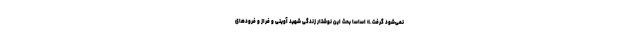
نمی‌شود گرفت.» اساسا بحث این نوشتار زندگی شهید آوینی و فراز و فرودهای